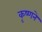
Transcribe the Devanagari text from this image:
कृष्‍णने